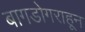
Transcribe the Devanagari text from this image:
बागडोगराहून